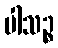
ပါသဉ္စ